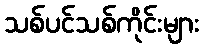
သစ်ပင်သစ်ကိုင်းများ